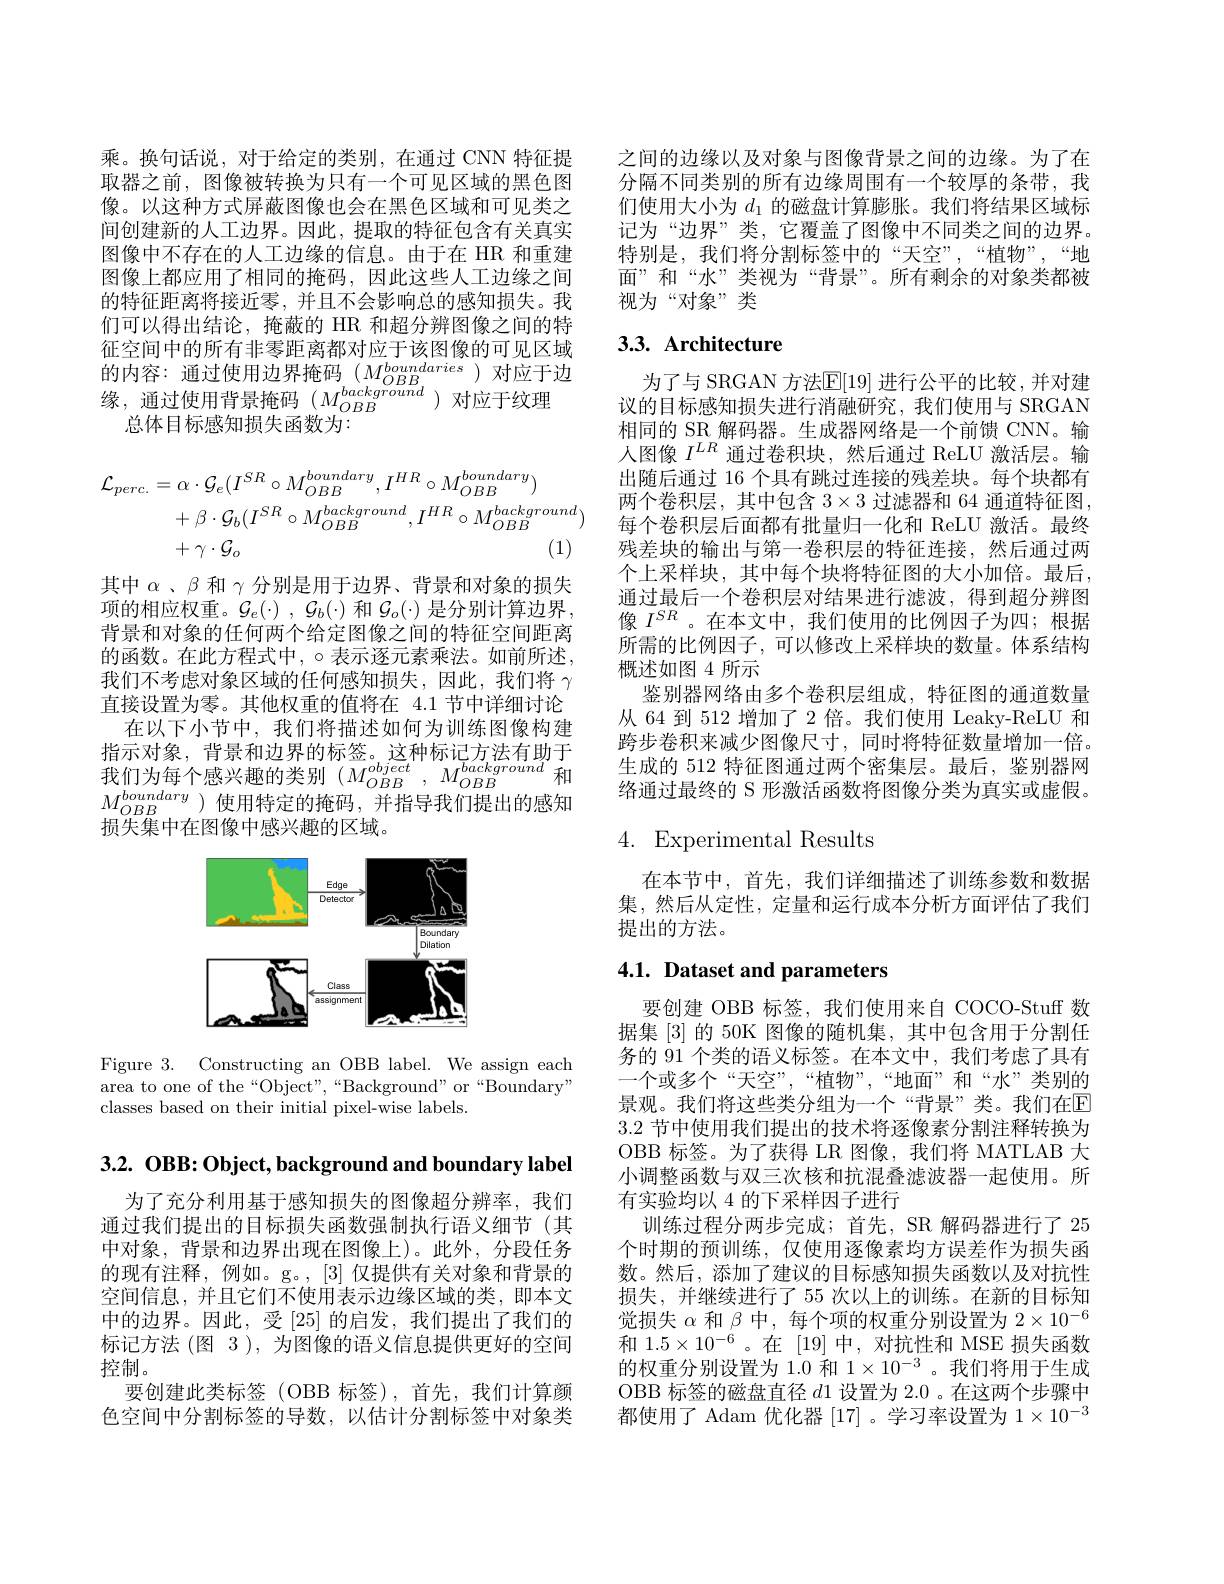
乘。换句话说，对于给定的类别，在通过 CNN 特征提取器之前，图像被转换为只有一个可见区域的黑色图像。以这种方式屏蔽图像也会在黑色区域和可见类之间创建新的人工边界。因此，提取的特征包含有关真实图像中不存在的人工边缘的信息。由于在 HR 和重建图像上都应用了相同的掩码，因此这些人工边缘之间的特征距离将接近零，并且不会影响总的感知损失。我们可以得出结论，掩蔽的 HR 和超分辨图像之间的特征空间中的所有非零距离都对应于该图像的可见区域的内容：通过使用边界掩码$(M_{OBB}^{boundaries})$对应于边缘，通过使用背景掩码($M_OBB^{background}$)对应于纹理
总体目标感知损失函数为：
$$\begin{aligned}\mathcal{L}_{perc.}&=\alpha\cdot\mathcal{G}_{e}(I^{SR}\circ M_{OBB}^{boundary},I^{HR}\circ M_{OBB}^{boundary})\\&+\beta\cdot\mathcal{G}_{b}(I^{SR}\circ M_{OBB}^{background},I^{HR}\circ M_{OBB}^{background})\\&+\gamma\cdot\mathcal{G}_{o}\end{aligned}$$
其中$\alpha$ 、$\beta$和$\gamma$分别是用于边界、背景和对象的损失项的相应权重。$\mathcal{G} _e( \cdot )$ , $\mathcal{G} _b( \cdot )$和$\mathcal{G}_o(\cdot)$是分别计算边界， 背景和对象的任何两个给定图像之间的特征空间距离的函数。在此方程式中，$\circ$表示逐元素乘法。如前所述， 我们不考虑对象区域的任何感知损失，因此，我们将$\gamma$ 直接设置为零。其他权重的值将在 4.1 节中详细讨论
在以下小节中，我们将描述如何为训练图像构建指示对象，背景和边界的标签。这种标记方法有助于我们为每个感兴趣的类别$(M_{OBB}^{object},M_{OBB}^{background}$和$M_{OBB}^{boundary}$)使用特定的掩码，并指导我们提出的感知损失集中在图像中感兴趣的区域。

<FigureHere>

Figure 3. Constructing an OBB label. We assign each area to one of the“Object”,“Background”or“Boundary” classes based on their initial pixel-wise labels.

$3. 2. \textbf{ OBB: Object, background and boundary label}$

为了充分利用基于感知损失的图像超分辨率，我们通过我们提出的目标损失函数强制执行语义细节(其中对象，背景和边界出现在图像上)。此外，分段任务的现有注释，例如。g。,[3] 仅提供有关对象和背景的空间信息，并且它们不使用表示边缘区域的类，即本文中的边界。因此，受[25] 的启发，我们提出了我们的标记方法 (图 3 ), 为图像的语义信息提供更好的空间控制。
要创建此类标签(OBB 标签),首先，我们计算颜色空间中分割标签的导数，以估计分割标签中对象类

之间的边缘以及对象与图像背景之间的边缘。为了在分隔不同类别的所有边缘周围有一个较厚的条带，我们使用大小为$d_1$的磁盘计算膨胀。我们将结果区域标记为“边界”类，它覆盖了图像中不同类之间的边界。特别是，我们将分割标签中的“天空”,“植物”,“地面”和“水”类视为“背景”。所有剩余的对象类都被视为“对象”类

## 3.3. Architecture

为了与 SRGAN 方法$\mathbb{E}[19]$ 进行公平的比较，并对建议的目标感知损失进行消融研究，我们使用与 SRGAN 相同的 SR 解码器。生成器网络是一个前馈 CNN。输人图像$I^{LR}$通过卷积块，然后通过 ReLU 激活层。输出随后通过 16 个具有跳过连接的残差块。每个块都有两个卷积层，其中包含$3\times3$过滤器和 64 通道特征图， 每个卷积层后面都有批量归一化和 ReLU 激活。最终残差块的输出与第一卷积层的特征连接，然后通过两个上采样块，其中每个块将特征图的大小加倍。最后， 通过最后一个卷积层对结果进行滤波，得到超分辨图像$I^{SR}$ 。在本文中，我们使用的比例因子为四；根据所需的比例因子，可以修改上采样块的数量。体系结构概述如图 4 所示
鉴别器网络由多个卷积层组成，特征图的通道数量从 64 到 512 增加了 2 倍。我们使用 Leaky-ReLU 和跨步卷积来减少图像尺寸，同时将特征数量增加一倍。生成的 512 特征图通过两个密集层。最后，鉴别器网络通过最终的 S 形激活函数将图像分类为真实或虚假。

## 4. Experimental Results

在本节中，首先，我们详细描述了训练参数和数据集，然后从定性，定量和运行成本分析方面评估了我们提出的方法。

# 4.1. Dataset and parameters

要创建 OBB 标签，我们使用来自 COCO-Stuff 数据集[3]的 50K 图像的随机集，其中包含用于分割任务的 91 个类的语义标签。在本文中，我们考虑了具有一个或多个“天空”,“植物”,“地面”和“水”类别的景观。我们将这些类分组为一个“背景”类。我们在E 3.2节中使用我们提出的技术将逐像素分割注释转换为OBB 标签。为了获得 LR 图像，我们将 MATLAB 大小调整函数与双三次核和抗混叠滤波器一起使用。所有实验均以 4 的下采样因子进行
训练过程分两步完成；首先，SR 解码器进行了 25个时期的预训练，仅使用逐像素均方误差作为损失函数。然后，添加了建议的目标感知损失函数以及对抗性损失，并继续进行了 55 次以上的训练。在新的目标知觉损失$\alpha$和$\beta$中，每个项的权重分别设置为$2\times10^{-6}$ 和 $1.5\times10^{-6}$。在[19] 中，对抗性和 MSE 损失函数的权重分别设置为 1.0 和 1$\times10^{-3}$。我们将用于生成OBB 标签的磁盘直径$d$1 设置为 2.0 。在这两个步骤中都使用了 Adam 优化器[17] 。学习率设置为$1\times10^-3$